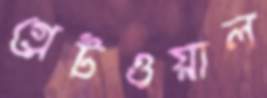
গ্রেটওয়াল